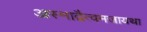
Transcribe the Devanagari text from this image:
अस्माद्वैत्वमजायथा